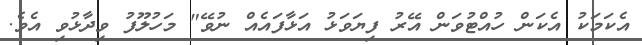
އެކަމަކު އެކަން ހުއްޓުވަން އޭރު ފިޔަވަޅު އަޅާފައެއް ނުވޭ" މަހުލޫފު ވިދާޅުވި އެވެ.